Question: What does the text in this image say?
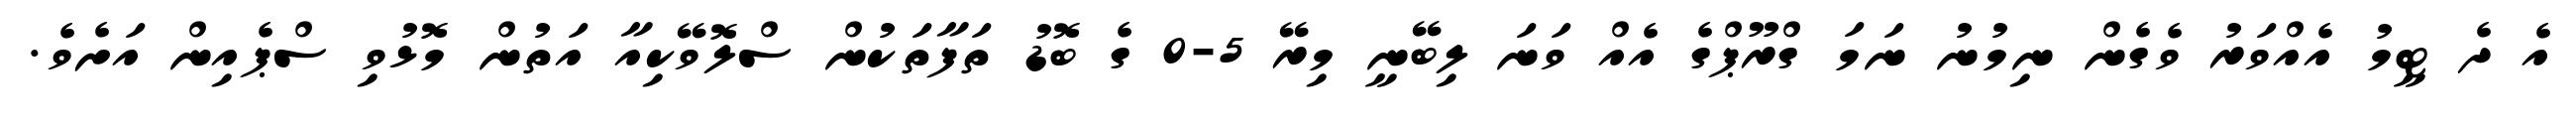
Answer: އެ ދެ ޓީމު އެއްވަރު ވެގެން ނިމުނު ނަމަ ގްރޫޕްގެ އެއް ވަނަ ލިބޭނީ މިރޭ 5-0 ގެ ބޮޑު ތަފާތަކުން ސްލޮވޭކިއާ އަތުން މޮޅުވި ސްޕެއިން އަށެވެ.